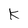
Character: k